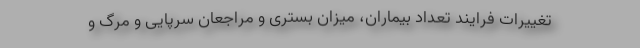
تغییرات فرایند تعداد بیماران، میزان بستری و مراجعان سرپایی و مرگ و